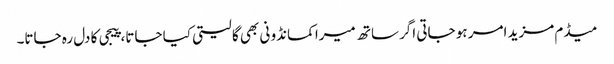
میڈم مزید امر ہو جاتی اگر ساتھ میرا کمانڈو نی بھی گا لیتی کیا جاتا، پیجی کا دل رہ جاتا۔